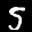
Label: 5